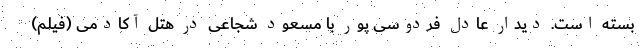
بسته است. دیدار عادل فردوسی پور با مسعود شجاعی در هتل آکادمی (فیلم)